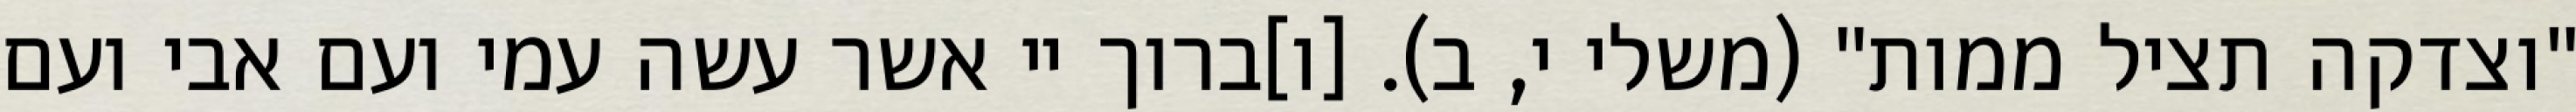
"וצדקה תציל ממות" (משלי י, ב). [ו]ברוך יי אשר עשה עמי ועם אבי ועם